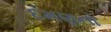
દમણનો